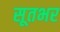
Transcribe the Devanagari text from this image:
सूतभर